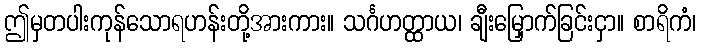
ဤမှတပါးကုန်သောရဟန်းတို့အားကား။ သင်္ဂဟတ္ထာယ၊ ချီးမြှောက်ခြင်းငှာ။ စာရိကံ၊